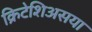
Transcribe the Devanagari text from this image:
क्रिटेशिअसया